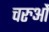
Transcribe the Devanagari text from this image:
चरुओं